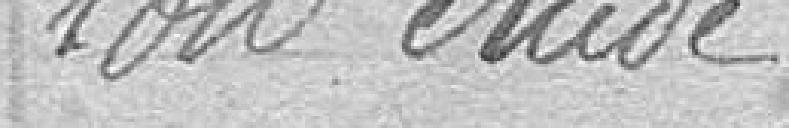
sont étude,